Annual statistical returns and brief notes on vaccination in Bengal - 1887-1898
Year: 1887
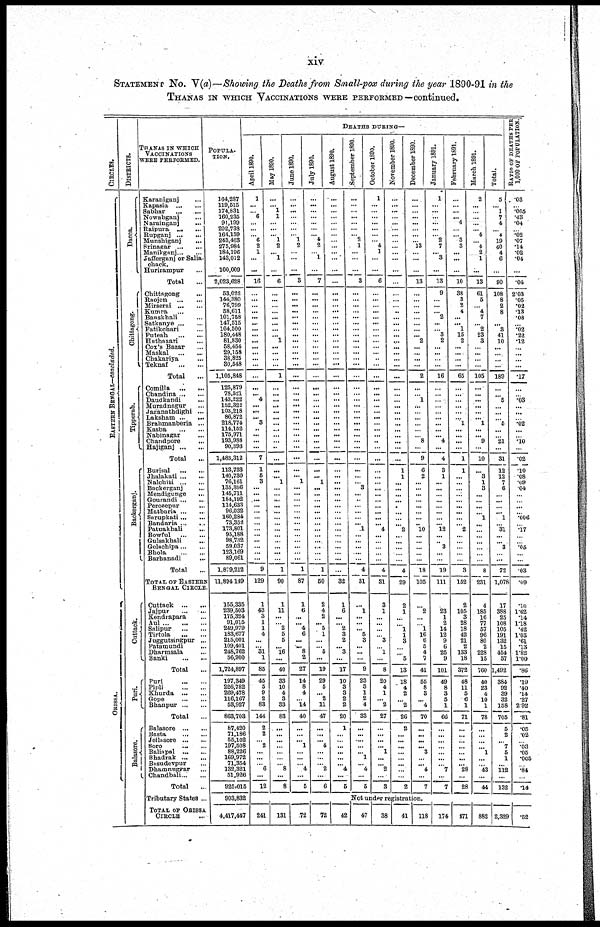
xiv
STATEMENT No. V(a)—Showing the Deaths from Small-pox during the year 1890-91 in the
THANAS IN WHICH VACCINATIONS WERE PERFORMED —continued.
CIRCLES.
EASTERN BENGAL—concluded.
ORISSA.
DISTRICTS.
Dacca.
Chittagong.
Tipperah.
Backerganj.
Cuttack.
Pari.
Balasore.
THANAS IN WHICH
VACCINATIONS
WERE PERFORMED.
Karaniganj ...
Kapasia ... ...
Sabhar
...
...
Nowabgani ...
Narainganj ...
Raipura ... ...
Rupganj ... ...
Munshiganj ...
Srinagar ... ...
Manikganj ... ...
Jafferganj or Salia¬
chack.
Hurirampur ...
Total ...
Chittagong ...
Raojon
...
...
Mirserai ... ...
Kumra ... ...
Banskhali ...
Satkanye ... ...
Fatikchari ...
Puteah
...
...
Hathazari ...
Cox's Bazar ...
Maskal
...
...
Chakariya ...
Teknaf
...
...
Total ...
Comilla
...
...
Chandina ... ...
Daudkandi
...
Muradnagur ...
Jaganathdighi ...
Laksham ... ...
Brahmanberia ...
Kasba
...
...
Nabinagar ...
Chandpore
...
Hajiganj ... ...
Total ...
Burisal
...
...
Jhalakati ... ...
Nalchiti ... ...
Backerganj ... ...
Mendigunge
...
Gourandi ... ...
Perozepur ...
Matbaria ... ...
Sarupkati ... ...
Bandaria ... ...
Patuakhali ...
Bowful
...
...
Gulsakhali
...
Golachipa ... ...
Bhola
...
...
Barhanadi
...
Total ...
TOTAL OF EASTERN
BENGAL CIRCLE
Cuttack ... ...
Jaipur
...
...
Kendrapara ... ...
Aul
...
...
Salipur
...
...
Tirtola
...
...
Juggutsingpur ...
Patamundi ...
Dharmsala ...
Banki
...
...
Total ...
Puri
...
...
Pipli
...
...
Khurda ... ...
Gope
...
...
Bhanpur ... ...
Total ...
Balasore ... ...
Basta
...
...
Jellasore ... ...
Soro ... ...
Balinpal ... ...
Bhadrak ... ...
Basudevpur ...
Dhamnuggar ...
Chandbali ... ...
Total ...
Tributary States ...
TOTAL OF ORRISSA
CIRCLE ...
POPULA-
----.
164,287
119,615
174,831
160,235
91,199
202,733
164,159
243,463
275,984
184,196
143,012
100,009
2,023,628
53,022
144,380
76,799
58,611
101,758
147,515
104,500
180,448
81,830
58,454
29,158
38,825
30,548
1,105,848
125,879
78,521
143,222
152,322
103,218
86,872
218,774
114,162
175,971
193,988
90,393
1,483,312
113,733
140,730
76,161
135,396
145,711
184,192
114,633
96,032
160,284
73,352
173,801
95,188
98,732
59,037
123,169
89,061
1,879,212
11,894149
155,335
239,503
175,324
91,015
249,979
183,677
215,001
109,401
248,762
56,900
1,724,897
197,349
226,782
269,478
116,167
53,927
863,703
87,420
71,186
55,102
197,508
88,226
169,972
71,354
132,321
51,926
925,015
903,832
4,417,447
DEATHS DURING—
April 1890.
1
...
...
6
...
...
...
6
2
1
...
...
16
...
...
...
...
... ...
...
...
...
...
...
...
...
...
...
... 4
...
...
... 3
...
...
...
...
7
1
5
3
...
...
...
...
...
...
...
...
...
...
...
...
...
9
129
1
43
3
1
1
4
...
... 31
1
85
45
5
9
2
83
144
2
2
... 2
...
...
... 6
...
12
May 1890.
...
... 1
1
...
...
... 1
2
... 1
...
6
...
...
...
...
...
...
...
... 1
...
...
...
...
1
...
...
...
...
...
...
...
...
...
...
...
...
...
... 1
...
...
...
...
...
...
...
...
...
...
...
...
...
1
90
1
11
...
...
2
5
5
... 16
...
40
33
10
4
3
33
83
...
...
...
...
...
...
... 8
...
8
June 1890.
...
...
...
...
...
...
...
1
2
...
...
...
3
...
...
...
...
...
...
...
...
...
...
...
...
...
...
...
...
...
...
...
...
...
...
...
...
...
...
...
... 1
...
...
...
...
...
...
...
...
...
...
...
...
...
1
87
1
6
...
... 4
6
... ...
8
2
27
14
8
4
...
14
40
...
...
... 1
...
...
... 4
...
5
July 1890.
...
...
...
...
...
...
... 4
2
... 1
...
7
...
...
...
...
...
...
...
...
...
...
...
...
...
...
...
...
...
...
... ...
...
...
...
...
...
...
...
... 1
...
...
...
...
...
...
...
...
...
...
...
...
...
1
50
2
4
2
... 5
1
...
...
5
...
19
29
5
... 2
11
47
...
... ...
4
...
...
... 2
...
6
August 1890.
...
...
...
...
...
...
...
...
...
...
...
...
...
...
...
...
...
...
...
...
...
...
...
...
...
...
...
...
...
...
...
...
...
...
...
...
...
...
...
...
...
...
...
...
...
...
...
...
...
...
...
...
...
...
...
...
32
1
6
...
... 2
3
2
... 3
...
17
10
3
3
2
2
20
1
...
...
...
...
...
... 4
...
5
September 1890.
...
...
...
...
...
...
... 2
1
...
...
...
3
...
...
...
...
...
...
...
...
...
...
...
...
...
...
...
...
...
...
...
...
...
...
...
...
...
...
...
...
... 3
...
...
...
...
...
... 1
...
...
...
...
...
4
31
...
1
...
...
... 5
3
...
...
...
9
23
3
1
2
4
33
...
...
...
...
... 1
... 4
...
5
October 1890.
1
...
...
...
...
...
...
... 4
1
...
...
6
...
...
...
...
... ...
...
...
...
...
...
...
...
...
...
...
...
...
...
...
...
...
...
...
...
...
...
...
...
...
...
...
...
...
...
... 4
...
...
...
...
...
4
31
3
1
...
...
...
...
3
...
1
...
8
20
4
1
... 2
27
...
...
...
... 1
...
... 2
...
3
November 1890.
...
...
...
...
...
...
...
...
...
...
...
...
...
...
...
...
...
...
...
...
...
...
...
...
...
...
...
...
...
...
...
...
...
...
...
...
...
...
...
1
1
...
...
...
...
...
...
...
...
2
...
...
...
...
...
4
29
2
1
...
...
1
1
3
...
... 5
13
18
4
2
... 2
26
2
...
...
...
...
...
...
...
...
2
December 1890.
...
...
...
...
...
...
...
... 13
...
...
...
13
...
...
...
...
...
...
...
... 2
...
...
...
...
2
...
...
1
...
...
...
...
...
... 8
...
9
6
2
...
...
...
...
...
...
... ...
10
...
...
...
...
...
18
105
2
...
...
1
16
6
5
4
7
41
55
8
3
... 4
70
...
... ...
... 3
...
... 4
...
7
January 1891.
1
...
...
...
...
...
...
2
7
... 3
...
13
9
...
...
... 2
...
...
3
2
...
...
...
...
16
...
...
...
...
...
...
...
...
... 4
...
4
3
1
...
...
...
...
...
...
...
... 12
...
... 3
...
...
19
111
...
23
1
2
14
12
9
6
25
9
101
49
8
3
5
1
66
...
...
...
...
...
...
...
7
...
7
February 1891.
...
...
...
... 4
...
...
3
3
...
...
...
10
38
3
2
4
...
... 1
15
2
...
...
...
...
65
...
...
...
...
...
...
1
...
...
...
...
1
1
...
...
...
...
...
...
...
...
...
2
...
...
...
...
...
3
152
2
105
3
28
18
42
21
2
133
18
372
48
11
5
6
1
71
...
...
...
...
... ...
... 28
...
28
March 1891.
2
...
...
...
...
... 4
... 4
2
1
...
13
61
5
...
4
7
... 2
23
3
...
...
...
...
105
...
...
...
...
...
... 1
...
... 9
...
10
...
3
1
3
...
...
... ...
1
...
...
...
...
...
...
...
8
231
4
185
16
77
57
96
80
2
228
15
760
40
23
4
10
1
78
...
...
...
... 1
...
... 43
...
44
Total.
5
... 1
7
4
...
4
19
40
4
6
...
90
108
8
2
8
...
...
3
41
10
... ...
...
...
189
...
...
5
...
...
...
5
...
...
21
...
31
12
12
7
6
...
...
...
... 1
...
31
...
...
3
...
...
72
1,078
17
388
25
108
105
191
132
15
454
57
1,492
384
92
39
32
158
705
5
2
...
7
5
1
...
112
...
132
RATIO OF DEATHS PER
1,000 OF POPULATION.
.03
...
.005
.43
.04
...
.02
.07
.14
.02
.04
...
.04
2.03
.05
.02
.13
.08
...
.02
.22
.12
...
...
...
...
.17
...
...
.03
...
...
...
.02
...
...
.10
...
.02
.10
.08
.09
.04
...
...
...
...
.006
...
.17
...
...
.05
...
...
.03
.09
.10
1.62
.14
1.18
.42
1.03
.61
.13
1.82
1.00
.86
.19
.40
.14
.27
2.92
.81
.05
.02
...
.03
.05
.005
...
.84
...
.14
Not under registration.
241 131
72
72
42
47
38
41 118 174 471 882 2,329
.52